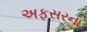
અફસરના